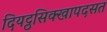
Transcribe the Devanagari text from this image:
दियट्ठसिक्खापदसत